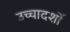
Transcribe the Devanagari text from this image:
उच्चादर्शों